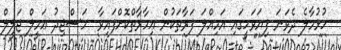
ހުޅުމާލެ ދެވަނަ ފިޔަވަހީގައި އަމިއްލަ ފަރާތަކުން ޢިމާރާތްކޮށްފައިވާ  މަސްޖިދު ޢަމީލް ޖަލީލް